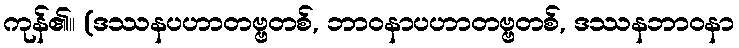
ကုန်၏။ (ဒဿနပဟာတဗ္ဗတစ်, ဘာဝနာပဟာတဗ္ဗတစ်, ဒဿနဘာဝနာ